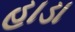
હાડા